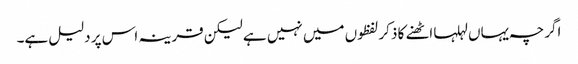
اگرچہ یہاں لہلہا اٹھنے کا ذکر لفظوں میں نہیں ہے لیکن قرینہ اس پر دلیل ہے۔